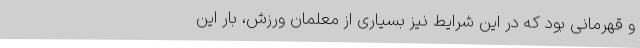
و قهرمانی بود که در این شرایط نیز بسیاری از معلمان ورزش، بار این